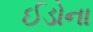
ઈડોના